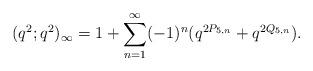
LaTeX: \begin{align*} (q^2;q^2)_\infty &= 1+ \sum_{n=1}^\infty (-1)^n (q^{2P_{5,n}} + q^{2Q_{5,n}}).\end{align*}